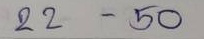
22 - 50